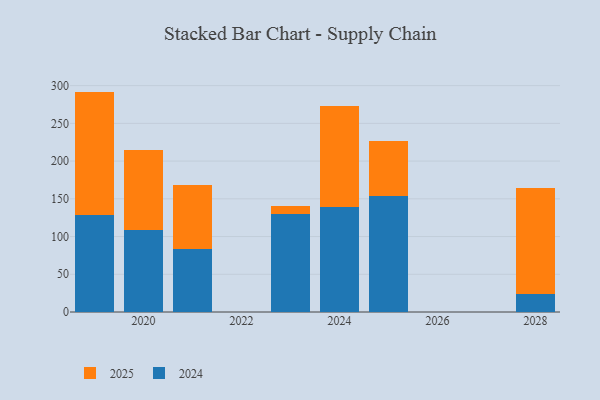
{"axis": {"x": "Year", "y": "Headcount"}, "legend": ["2024", "2025"], "data": [{"x": "2023", "y": 129.5, "type": "2024"}, {"x": "2023", "y": 10.9, "type": "2025"}, {"x": "2021", "y": 83.9, "type": "2024"}, {"x": "2021", "y": 84.9, "type": "2025"}, {"x": "2028", "y": 24.3, "type": "2024"}, {"x": "2028", "y": 140.4, "type": "2025"}, {"x": "2019", "y": 128.1, "type": "2024"}, {"x": "2019", "y": 164.0, "type": "2025"}, {"x": "2020", "y": 108.1, "type": "2024"}, {"x": "2020", "y": 107.2, "type": "2025"}, {"x": "2025", "y": 154.2, "type": "2024"}, {"x": "2025", "y": 72.7, "type": "2025"}, {"x": "2024", "y": 139.1, "type": "2024"}, {"x": "2024", "y": 133.8, "type": "2025"}]}